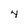
Character: 4